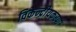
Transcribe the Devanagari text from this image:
विकेन्द्रीयकरण